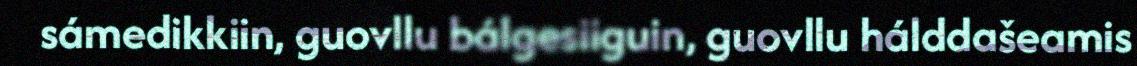
sámedikkiin, guovllu bálgesiiguin, guovllu hálddašeamis